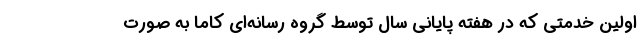
اولین خدمتی که در هفته پایانی سال توسط گروه رسانه‌ای کاما به صورت